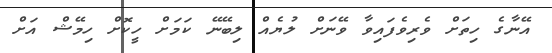
އޭނާގެ ހިތަށް ވެރިވެފައިވާ ވޭނަށް ލުޔެއް ލިބޭނޭ ކަމަށް ހީކޮށް ހިމޭޝް އަށް